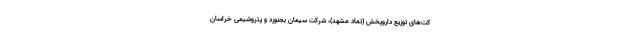
کت‌های توزیع داروپخش (تماد مشهد)، شرکت سیمان بجنورد و پتروشیمی خراسان